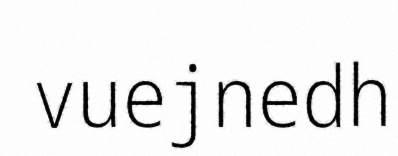
vuejnedh